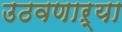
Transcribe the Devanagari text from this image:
उठवणाऱ्या